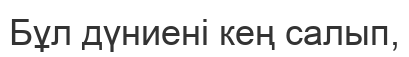
Бұл дүниені кең салып,